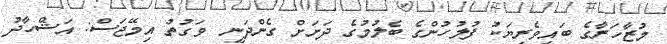
މުޒާހަރާގެ ބައިވެރިޔަކު ފުލުހުންގެ ބެލުމުގެ ދަށަށް ގެންދަނީ  ވަގުތު އިމޭޖަސް: އަޝްހާދު